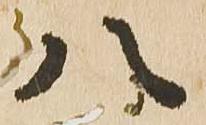
八